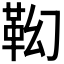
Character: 𩉷